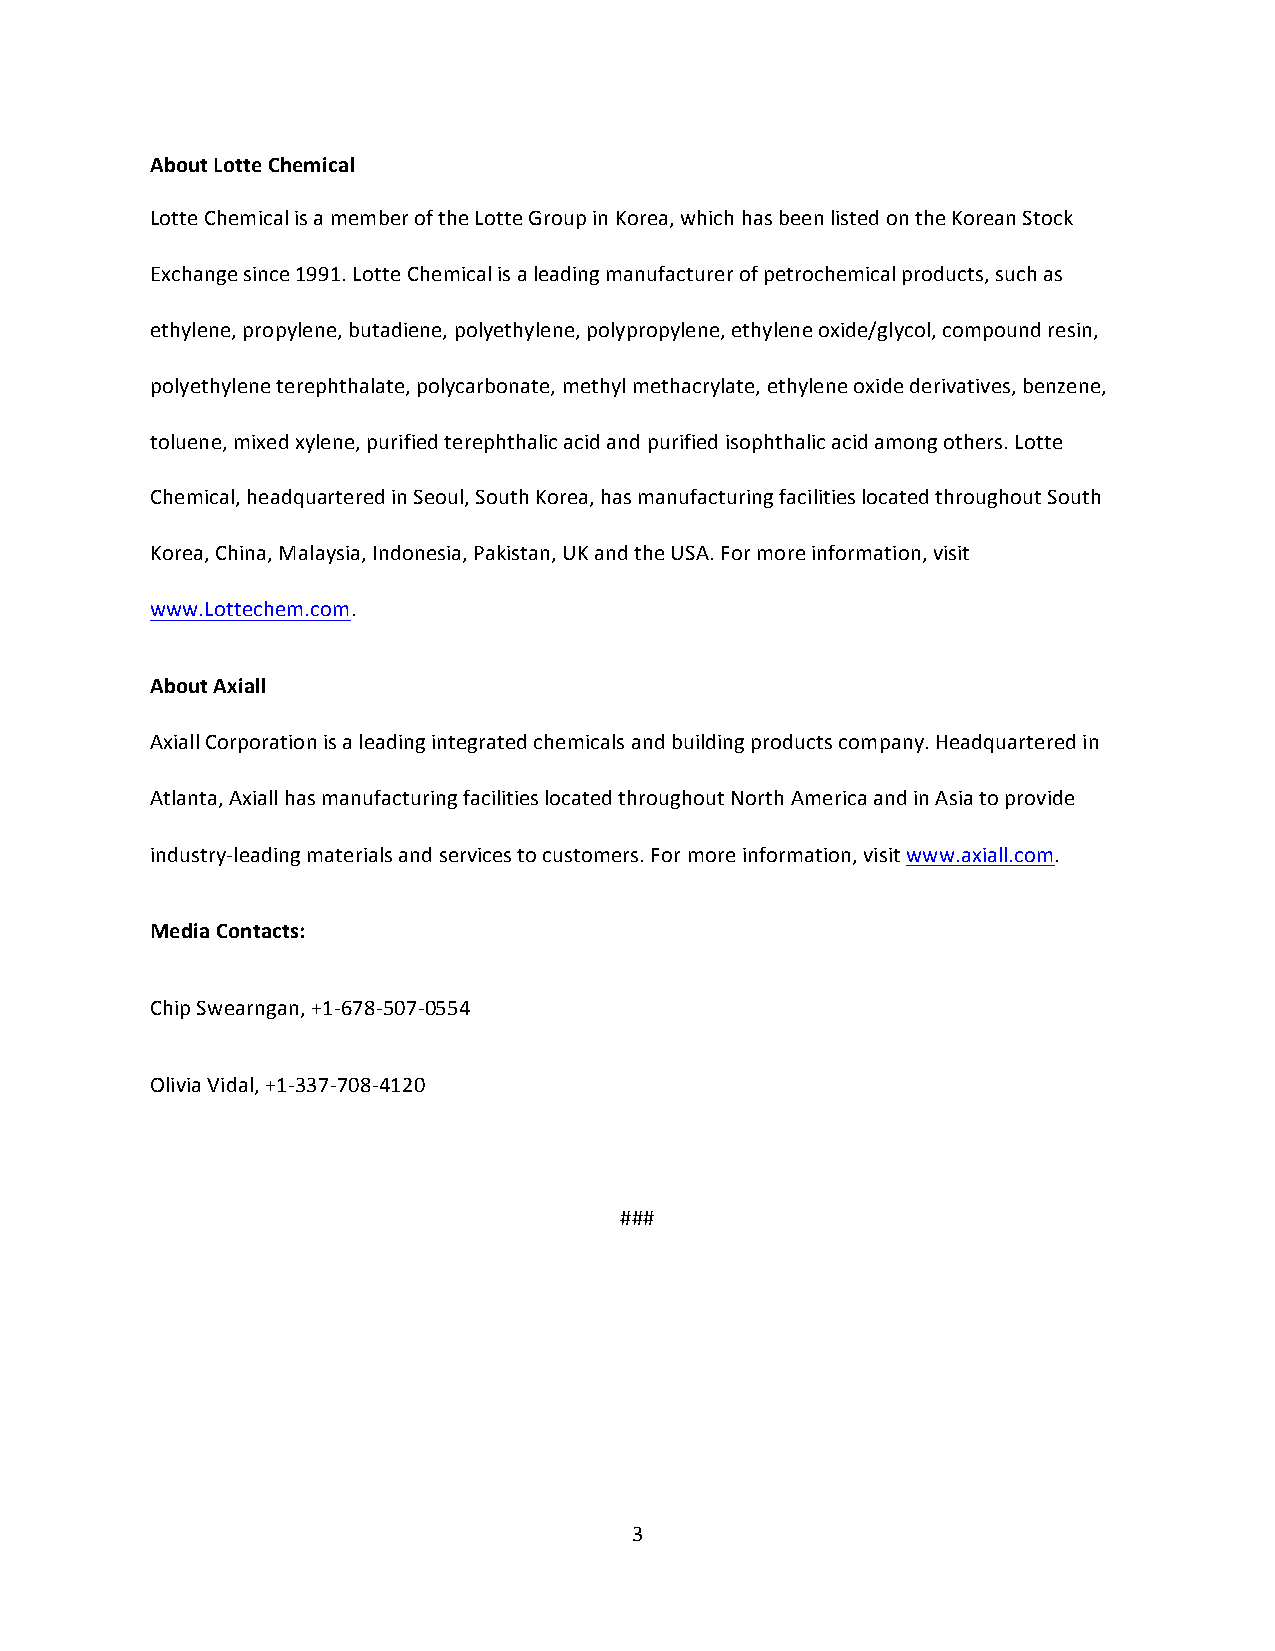
About Lotte Chemical
 Lotte Chemical is a member of the Lotte Group in Korea, which has been listed on the Korean Stock
 Exchange since 1991. Lotte Chemical is a leading manufacturer of petrochemical products, such as
 ethylene, propylene, butadiene, polyethylene, polypropylene, ethylene oxide/glycol, compound resin,
 polyethylene terephthalate, polycarbonate, methyl methacrylate, ethylene oxide derivatives, benzene,
 toluene, mixed xylene, purified terephthalic acid and purified isophthalic acid among others. Lotte
 Chemical, headquartered in Seoul, South Korea, has manufacturing facilities located throughout South
 Korea, China, Malaysia, Indonesia, Pakistan, UK and the USA. For more information, visit
 www.Lottechem.com.
 About Axiall
 Axiall Corporation is a leading integrated chemicals and building products company. Headquartered in
 Atlanta, Axiall has manufacturing facilities located throughout North America and in Asia to provide
 industry-leading materials and services to customers. For more information, visit www.axiall.com.
 Media Contacts:
 Chip Swearngan, +1-678-507-0554
 Olivia Vidal, +1-337-708-4120
 ###
 3